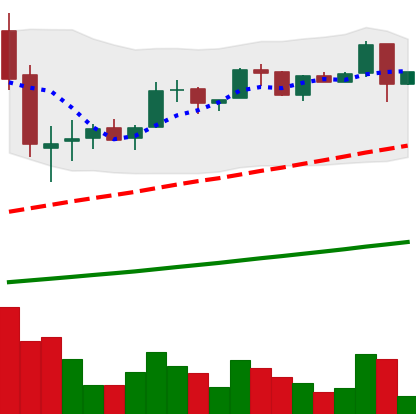
Ticker: LTC-USD
Chart end date: 2017-06-13
Forward return: 50.252%
Label: up_7plus